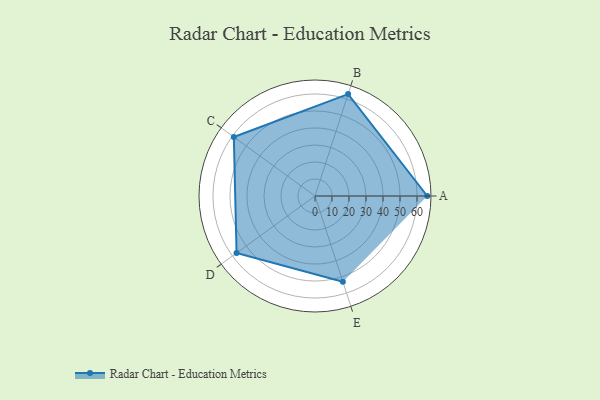
{"axis": {"x": "Skill", "y": "Score"}, "legend": ["Profile"], "data": [{"x": "A", "y": 66.0, "type": "Profile"}, {"x": "B", "y": 63.0, "type": "Profile"}, {"x": "C", "y": 59.0, "type": "Profile"}, {"x": "D", "y": 57.0, "type": "Profile"}, {"x": "E", "y": 53.0, "type": "Profile"}]}